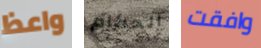
واعظ الحكام وافقت